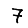
Digit: 7